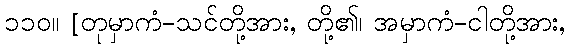
၁၁၀။ [တုမှာကံ-သင်တို့အား, တို့၏၊ အမှာကံ-ငါတို့အား,